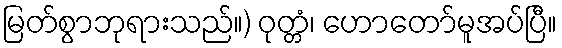
မြတ်စွာဘုရားသည်။) ဝုတ္တံ၊ ဟောတော်မူအပ်ပြီ။